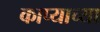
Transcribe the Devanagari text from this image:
काप्याच्या